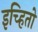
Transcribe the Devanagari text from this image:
इच्हितो